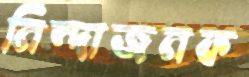
নিন্দাজনক